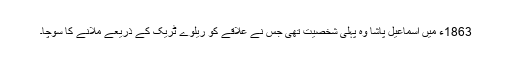
1863ء میں اسماعیل پاشا وہ پہلی شخصیت تھی جس نے علاقے کو ریلوے ٹریک کے ذریعے ملانے کا سوچا۔